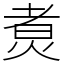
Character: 煑